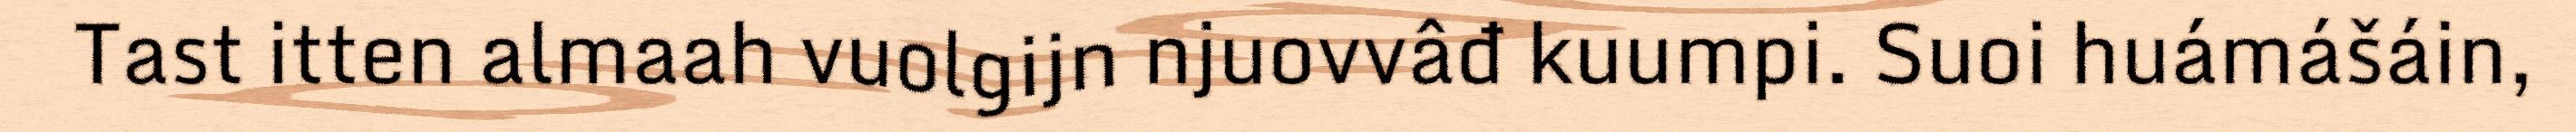
Tast itten almaah vuolgijn njuovvâđ kuumpi. Suoi huámášáin,